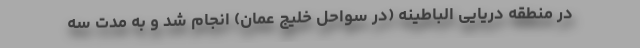
در منطقه دریایی الباطینه (در سواحل خلیج عمان) انجام شد و به مدت سه